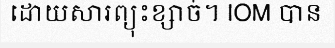
ដោយសារព្យុះខ្សាច់។ IOM បាន